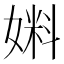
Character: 𰌔